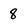
Character: 8